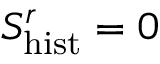
S _ { \mathrm { h i s t } } ^ { r } = 0